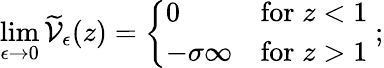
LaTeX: \operatorname*{lim}_{\epsilon\rightarrow 0}\widetilde{\mathcal V}_{\epsilon}(z)=\left\{ \begin{array}{ll}{{0}}&{{\mathrm{for}\; z<1}}\\ {{-\sigma\infty}}&{{\mathrm{for}\; z>1}}\end{array}\right.\; ;